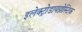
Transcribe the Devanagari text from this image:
इलेक्ट्रोडायग्नोस्टिक